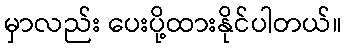
မှာလည်း ပေးပို့ထားနိုင်ပါတယ်။